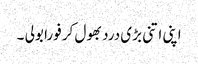
اپنی اتنی بڑی درد بھول کر فورا بولی ۔